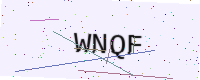
Text: WNQF